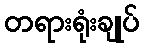
တရားရုံးချုပ်